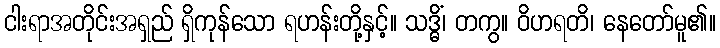
ငါးရာအတိုင်းအရှည် ရှိကုန်သော ရဟန်းတို့နှင့်။ သဒ္ဓိံ၊ တကွ။ ဝိဟရတိ၊ နေတော်မူ၏။